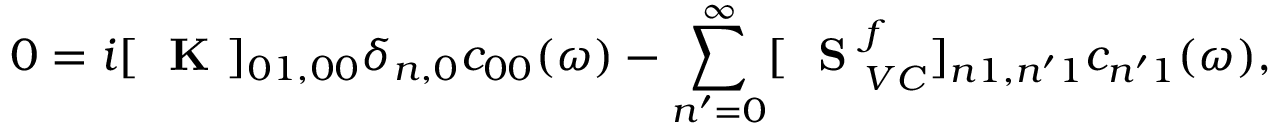
0 = i [ \mathrm { ~ \bf ~ K ~ } ] _ { 0 1 , 0 0 } \delta _ { n , 0 } c _ { 0 0 } ( \omega ) - \sum _ { n ^ { \prime } = 0 } ^ { \infty } [ \mathrm { ~ \bf ~ S ~ } _ { V C } ^ { f } ] _ { n 1 , n ^ { \prime } 1 } c _ { n ^ { \prime } 1 } ( \omega ) ,